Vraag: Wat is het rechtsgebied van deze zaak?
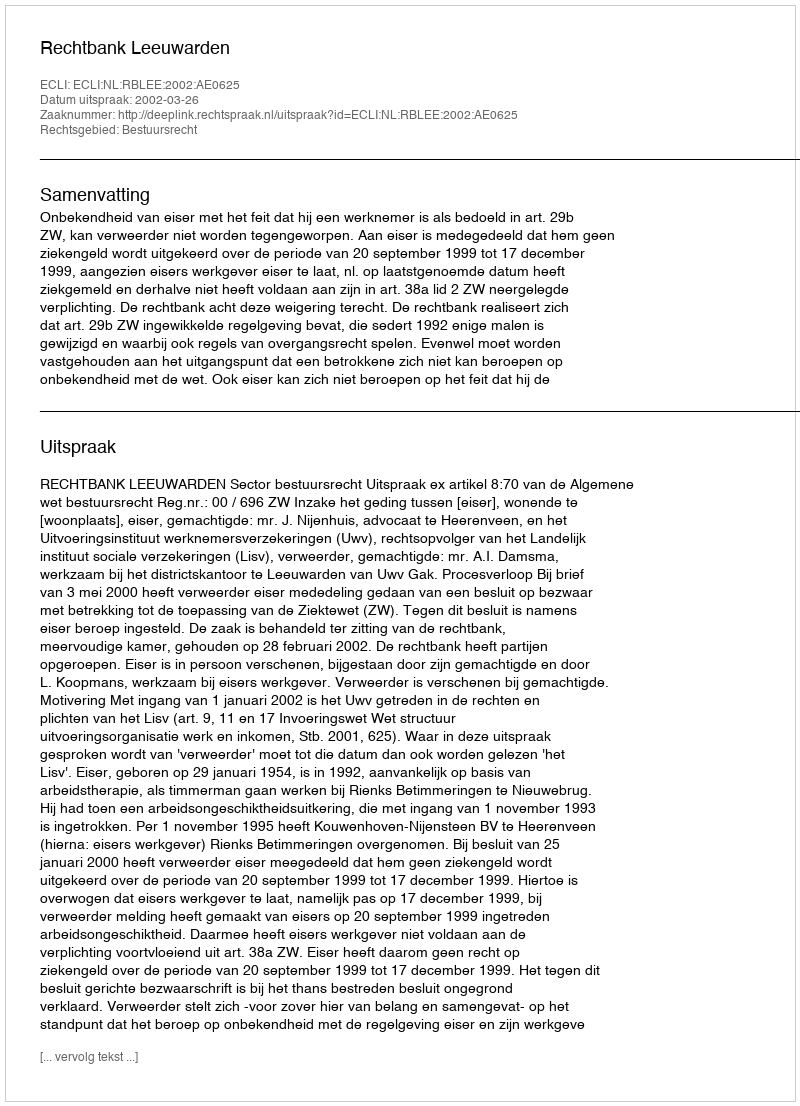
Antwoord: Bestuursrecht